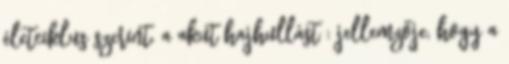
életciklus szerint. a akut hajhullást : jellemzője, hogy a